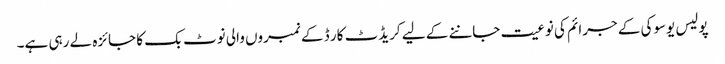
پولیس یوسوکی کے جرائم کی نوعیت جاننے کے لیے کریڈٹ کار ڈ کے نمبروں والی نوٹ بک کا جائزہ لے رہی ہے۔